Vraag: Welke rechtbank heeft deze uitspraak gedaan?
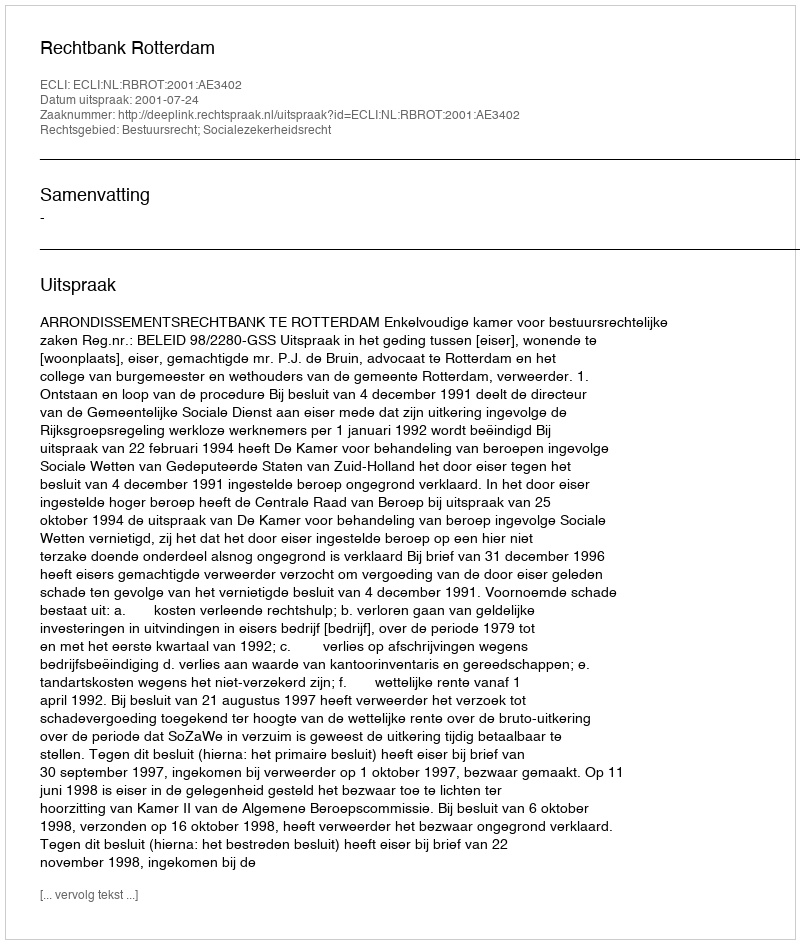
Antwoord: Rechtbank Rotterdam